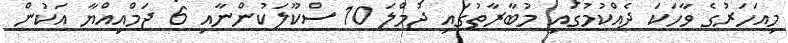
މިއަހަރުގެ ވާހަކަ ދެއްކުމުގައި މުބާރާތުގައި ޖުމްލަ 10 ސްކޫލަކުންނާއި 6 ޖަމްއިއްޔާ އަކުން